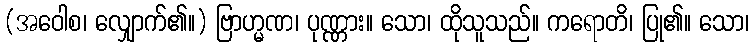
(အဝေါစ၊ လျှောက်၏။) ဗြာဟ္မဏ၊ ပုဏ္ဏား။ သော၊ ထိုသူသည်။ ကရောတိ၊ ပြု၏။ သော၊